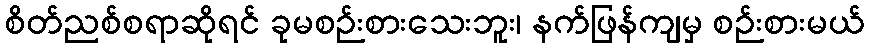
စိတ်ညစ်စရာဆိုရင် ခုမစဉ်းစားသေးဘူး၊ နက်ဖြန်ကျမှ စဉ်းစားမယ်